Mental hospitals Bombay report 1921-28 - 1921-1928
Year: 1921
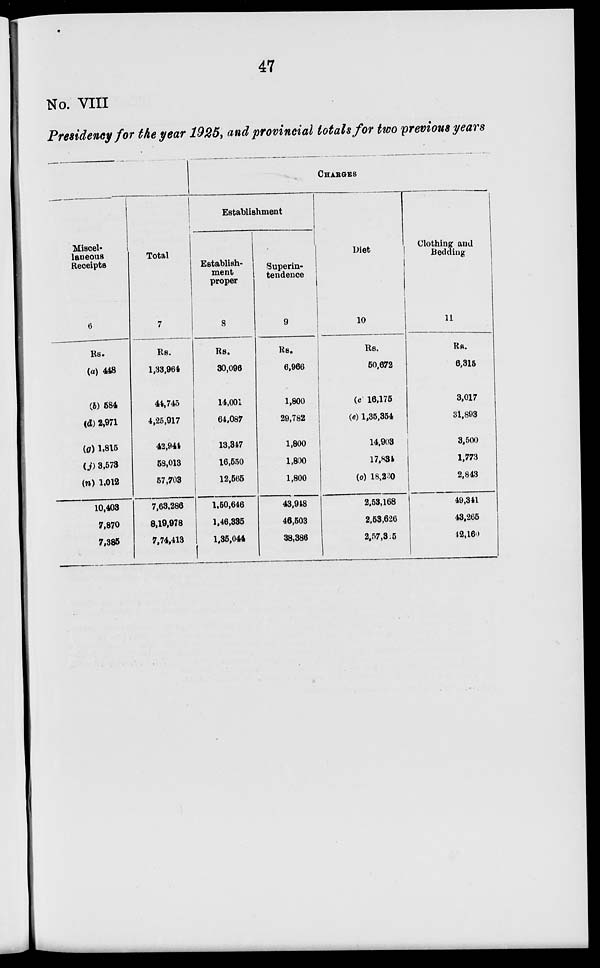
47
No. VIII
Presidency for the year 1925, and provincial totals for two previous years
Miscel-
laneous
Receipts
Rs.
(a) 448
(b) 584
(d) 2,971
(g) 1,815
(j) 3,573
(n) 1,012
10,403
7,870
7,385
Total
7
Rs.
1,33,964
44,745
4,25,917
42,944
58,013
57,703
7,63,286
8,19,978
7,74,413
CHARGES
Establishment
Establish-
ment
proper
8
Rs.
30,096
14,001
64,087
13,347
16,550
12,565
1,50,646
1,46,335
1,35,044
Superin-
tendence
9
Rs.
6,966
1,800
29,782
1,800
1,800
1,800
43,948
46,503
38,386
Diet
10
Rs.
50,672
(c) 16,175
(e) 1,35,354
14,903
17,834
(o) 18,230
2,53,168
2,53,626
2,57,315
Clothing and
Bedding
11
Rs.
6,315
3,017
31,893
3,500
1,773
2,843
49,341
43,265
42,160